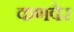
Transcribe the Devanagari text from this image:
कणवेर